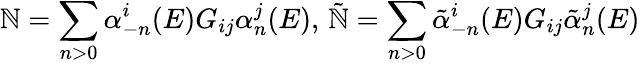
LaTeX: \mathbb{N}=\sum_{n>0}\alpha_{-n}^{i}(E)G_{ij}\alpha_{n}^{j}(E),\, \tilde{{\mathbb{N}}}=\sum_{n>0}\tilde{{\alpha}}_{-n}^{i}(E)G_{ij}\tilde{{\alpha}}_{n}^{j}(E)